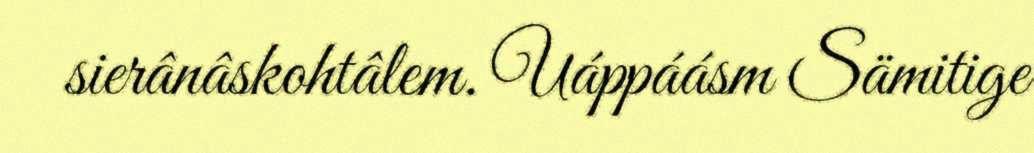
sierânâskohtâlem. Uáppáásm Sämitige